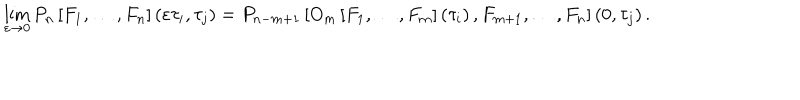
\lim _ { \varepsilon \rightarrow 0 } P _ { n } \left[ F _ { 1 } , \dots , F _ { n } \right] \left( \varepsilon \tau _ { i } , \tau _ { j } \right) = P _ { n - m + 1 } \left[ O _ { m } \left[ F _ { 1 } , \dots , F _ { m } \right] \left( \tau _ { i } \right) , F _ { m + 1 } , \dots , F _ { n } \right] \left( 0 , \tau _ { j } \right) .